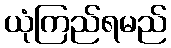
ယုံကြည်ရမည်